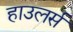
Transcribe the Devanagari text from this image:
हाउलर्स